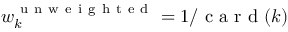
w _ { k } ^ { \mathrm { ~ u ~ n ~ w ~ e ~ i ~ g ~ h ~ t ~ e ~ d ~ } } = 1 / \mathrm { ~ c ~ a ~ r ~ d ~ } ( k )